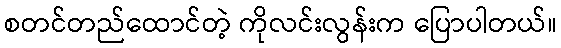
စတင်တည်ထောင်တဲ့ ကိုလင်းလွန်းက ပြောပါတယ်။